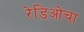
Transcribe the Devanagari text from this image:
रेडिओचा